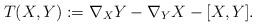
LaTeX: \begin{align*}T(X,Y):= \nabla_XY-\nabla_YX-[X,Y].\end{align*}